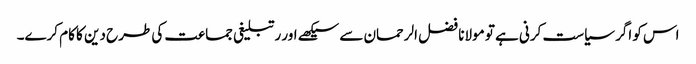
اس کو اگر سیاست کرنی ہے تو مولانا فضل الرحمان سے سیکھے اور رتبلیغی جماعت کی طرح دین کا کام کرے۔